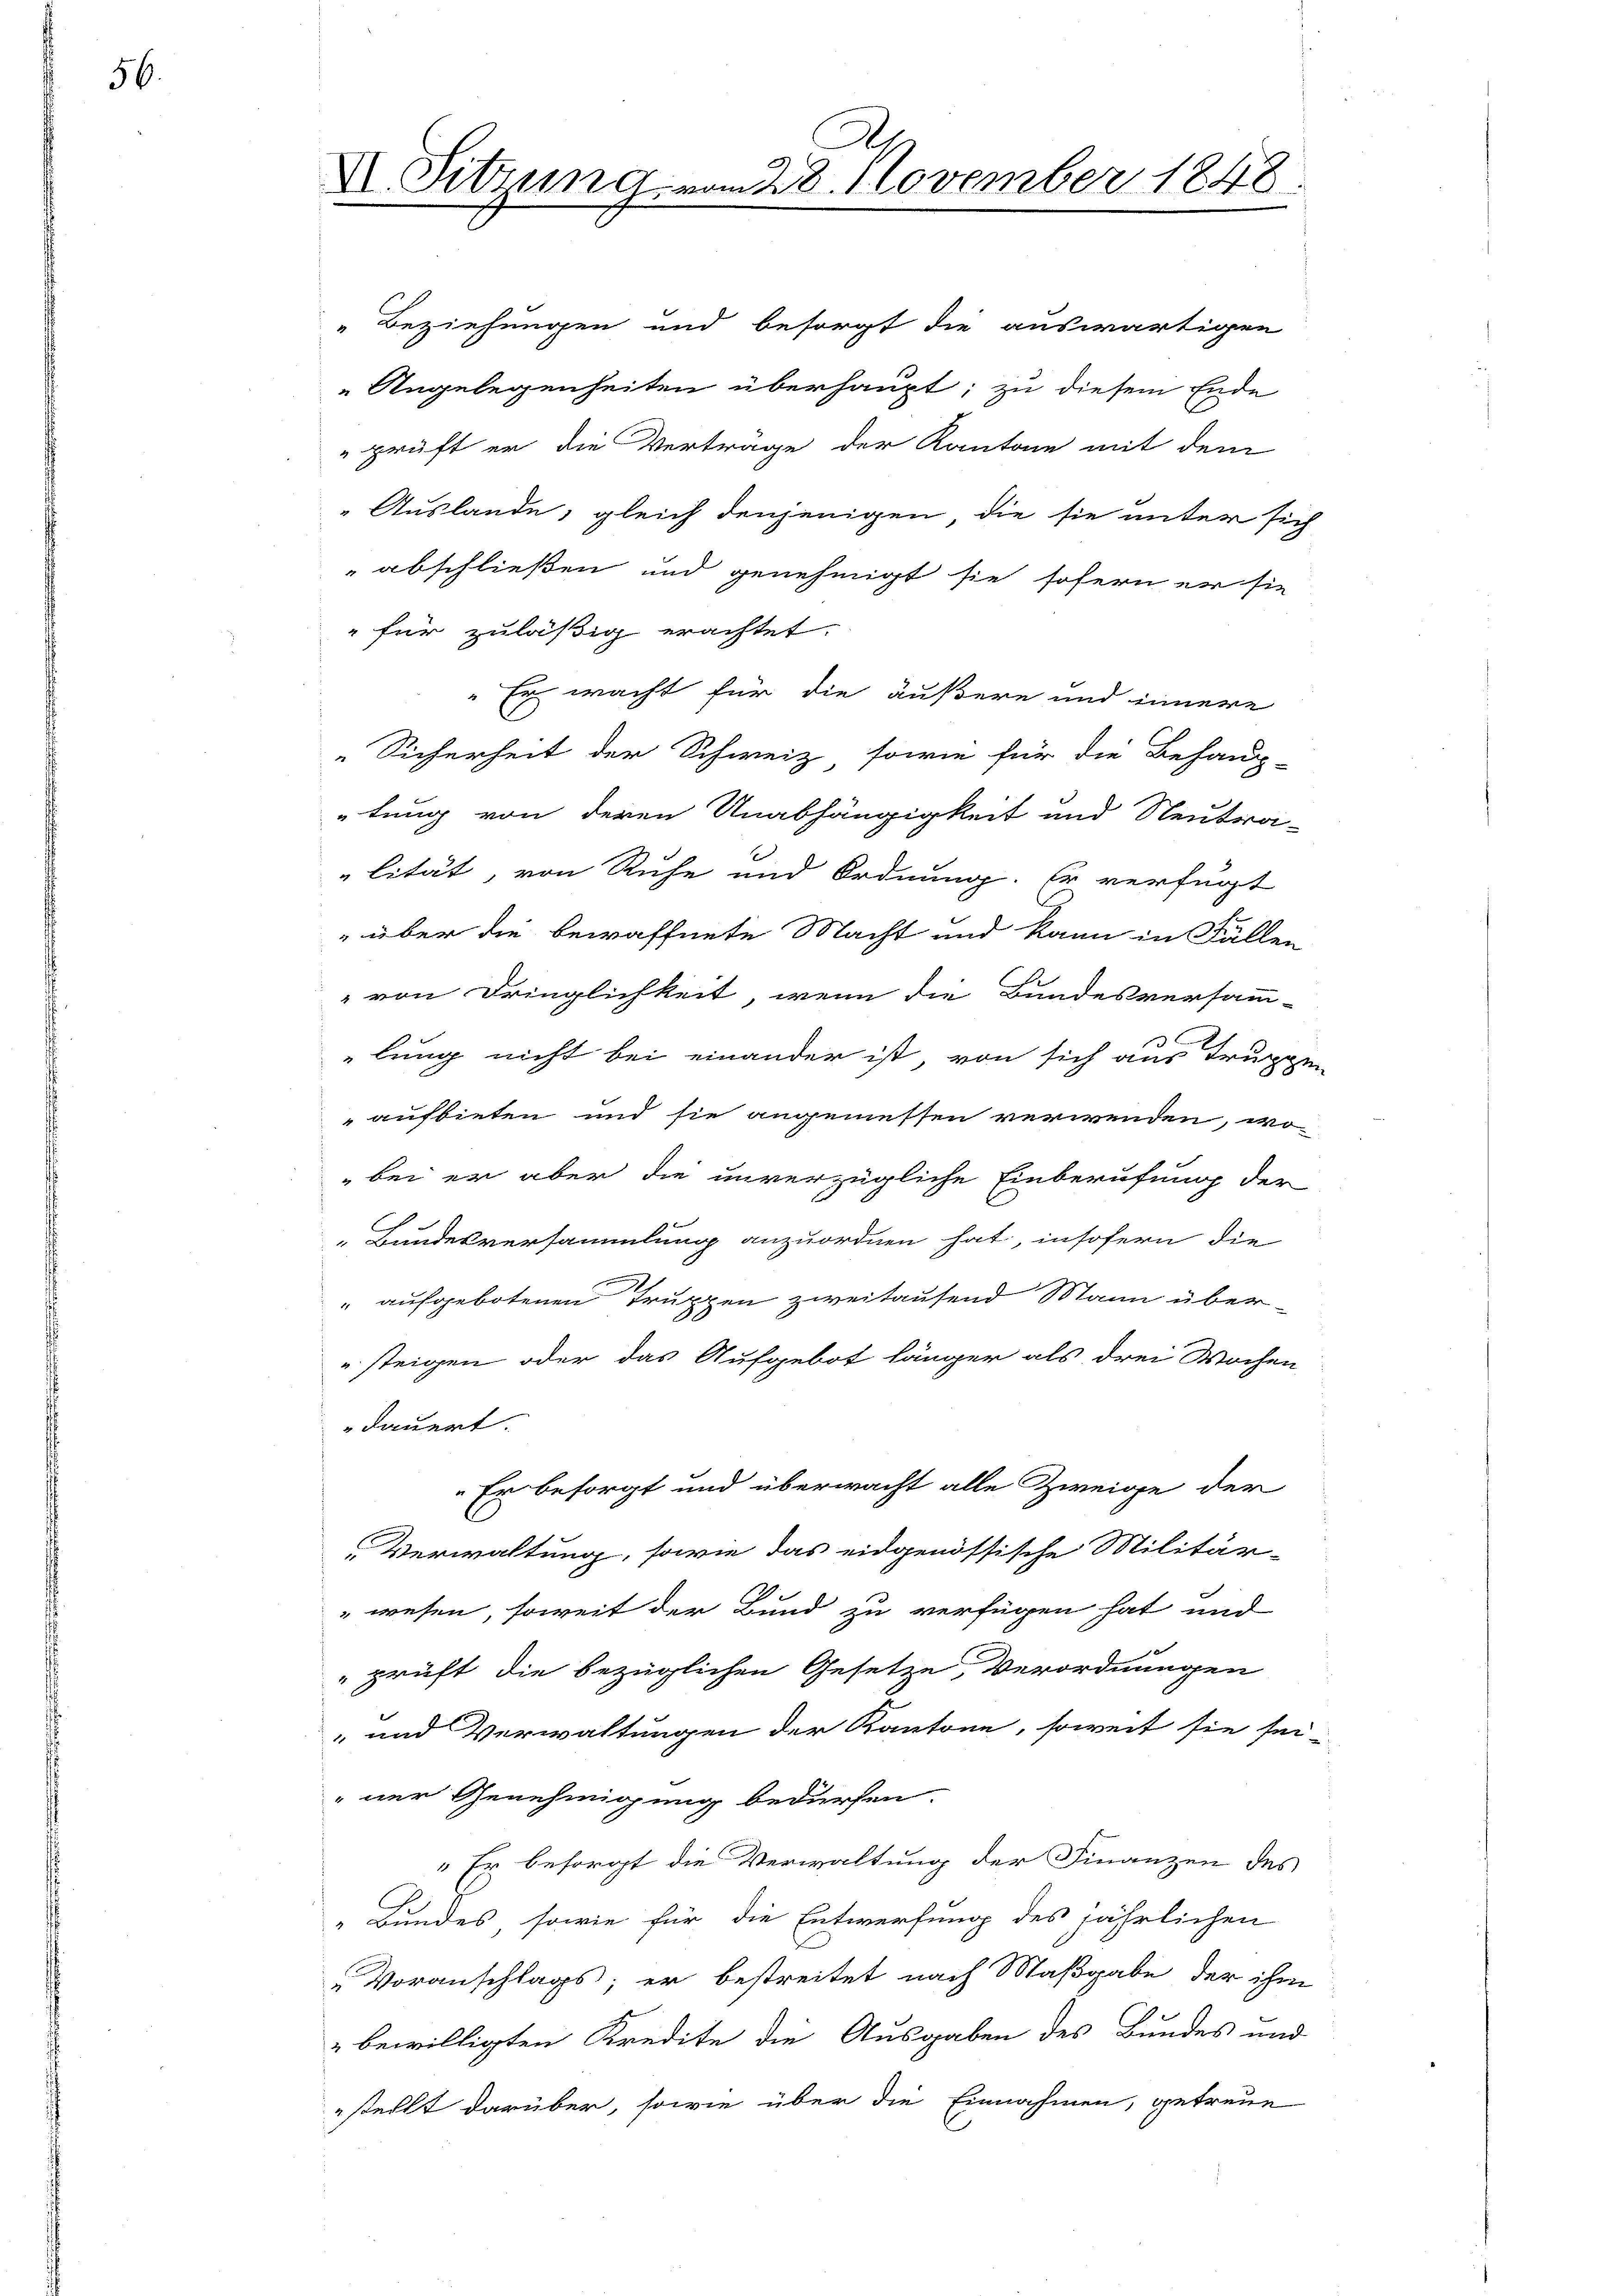
56.

.
X. Sitzung vom 28. November 1848

Beziehungen und besorgt die auswärtigen
Angelegenheiten überhaupt; zu diesem Ende
"prüft er die Verträge der Kantone mit dem
Auslande, gleich denjenigen, die sie unter sich
 abschließen und genehmigt sie sofern er sie
" für zuläßig erachtet.
Er wacht für die äußere und innere
Sicherheit der Schweiz sowie für die Behaup-
tung von deren Unabhängigkeit und Neutra-
lität, von Ruhe und Ordnung. Er verfügt
" über die bewaffnete Macht und kann in Fällen
 von Dringlichkeit, wenn die Bundesversamm-
lung nicht bei einander ist von sich aus Truppen
aufbieten und sie angemessen verwenden, wo
"bei er aber die unverzügliche Einberufung der
1
Bundesversammlung anzuordnen hat, insofern die
" aufgebotenen Truppen zweitausend Mann übersteigen oder das Aufgebot länger als drei Wochen
dauert.
Er besorgt und überwacht alle Zweige der
Verwaltung, sowie das eidgenössische Militär-
wesen, soweit der Bund zu verfügen hat und
"prüft die bezüglichen Gesetze, Verordnungen
-und Verwaltungen der Kantone, soweit sie sei-
ner Genehmigung bedürfen.
" Es besorgt die Verwaltung der Finanzen des
„Bundes, sowie für die Entwerfung des jährlichen
Voranschlags; er bestreitet nach Maßgabe der ihm
bewilligten Kredite die Ausgaben des Bundes und
stellt darüber, sowie über die Einnahmen, getreue